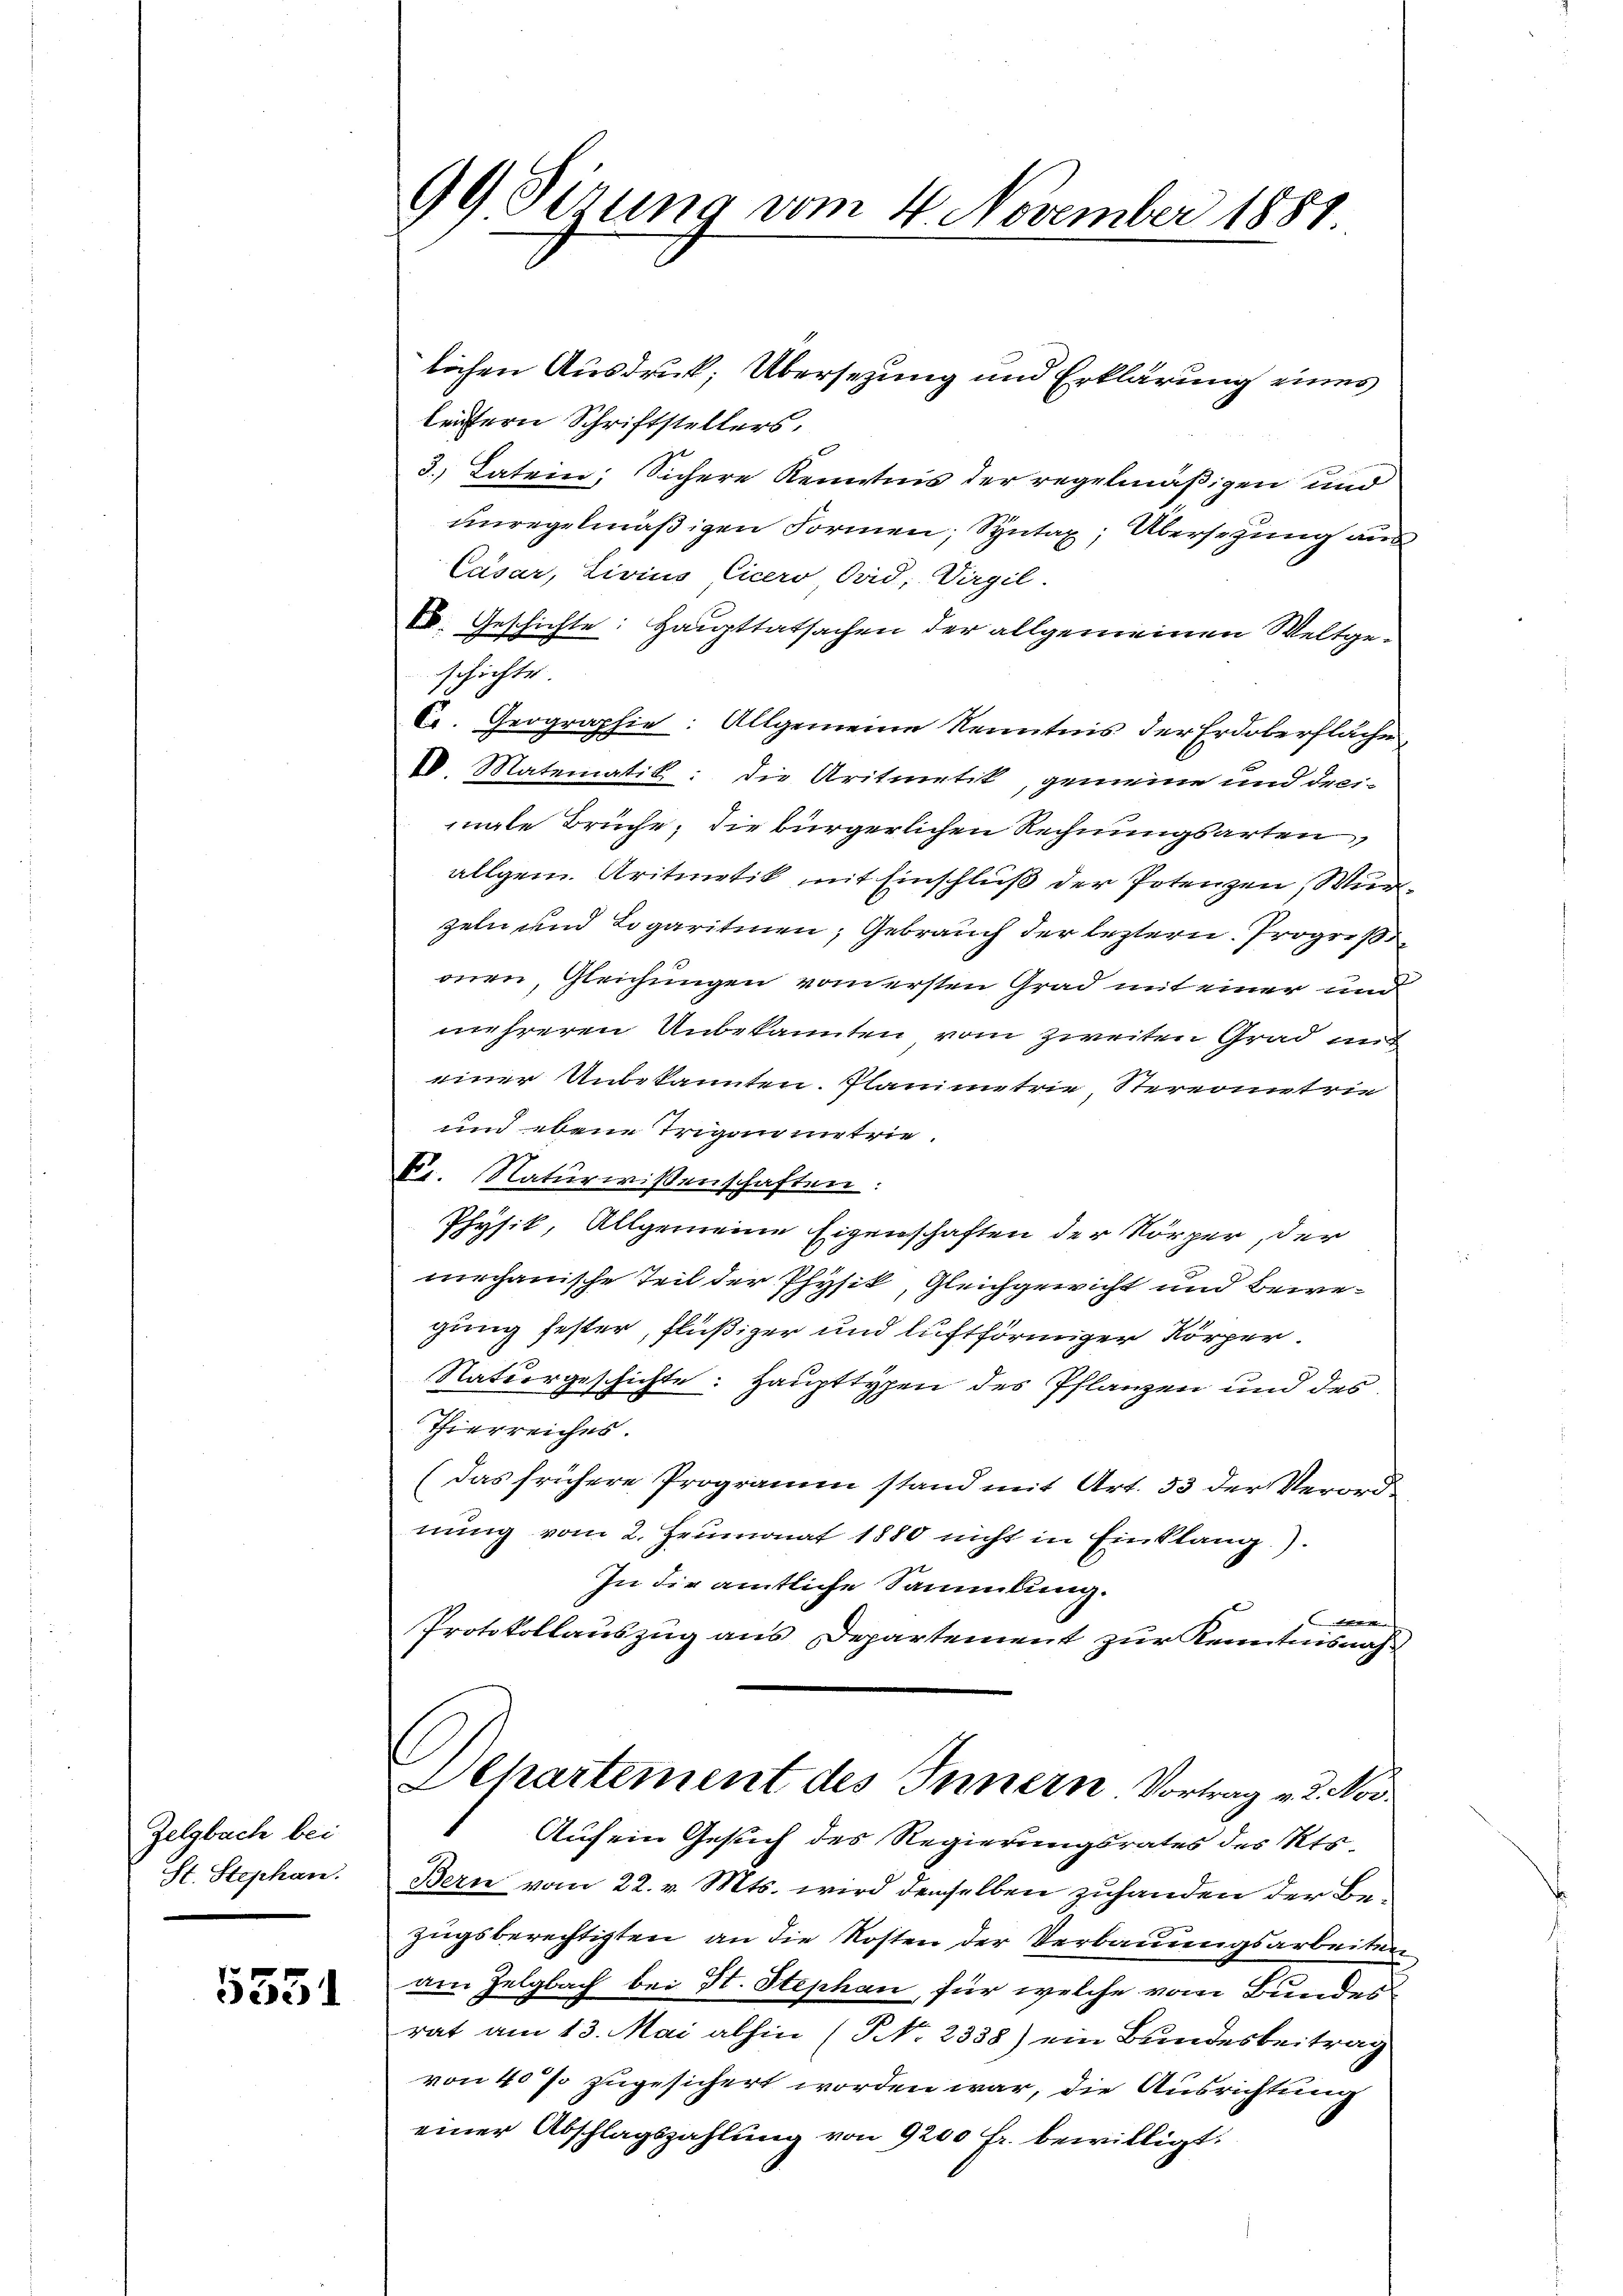
Zelgbach bei
St. Stephan.

551

lichen Ausdruck; Übersetzung und Erklärung eines
leitern Schriftstellers,
3.) Latein, Sichere Kenntnis der regelmäßigen und
unregelmäßigen Formen, Syntax, Übersetzung aus
Cäsar, Livius Cicero Ovid, Virgil.
V. Geschichte: Haupttatsachen der allgemeinen Weltgeschichte
C. Geographie: Allgemeine Kenntnis der Erdoberfläche
10. Matematik: Die Aritietik, gemeine und drei-
male Brüche, die bürgerlichen Rechnungsarten,
allgem. Aritietik mit Einschluß der Potenzen, Wurzeln und Logaritinen, Gebrauch der leztern. Progresso
onen, Gleichungen von ersten Grad mit einer und
mehreren Unbekannten vom zweiten Grad auf
einer Unbekannten. Planimetrie Stereometrie
und ebene Trigen mietrie¬
F. Naturwissenschaften:
Physik, Allgemeine Eigenschaften der Körper, der
mechanische Teil der Physik, Gleichgewicht und bewegung fester, flüßiger und luftförmiger Körper¬
Natiergeschichte: Haupttypen des Pflanzen und des
Thierreiches.
(das frühere Programm stand mit Art. 53 der Verordnung vom 2. Heumonat 1880 nicht in Einklang).
In die amtliche Sammlung.

Protokollauszug aus Departement zur Kenntnisnahs
Separtement des Innern Vortrag v. 2. Nov.
 Auf ein Gesuch des Regierungsrates des Kts.
Bern vom 22. v. Mts. wird denselben zuhanden der Bezugsberechtigten, an die Kosten der Verbauungsarbeiten
am Zelgbach bei St. Stephan, für welche vom Bunder
rat am 13. Mai abhin (No 2338) ein Bundesbeitrag
von 40% zugesichert worden war, die Ausrichtung
einer Abschlagszahlung von 9200 fr. bewilligt.

99 Sirung vom 4 November 1881.